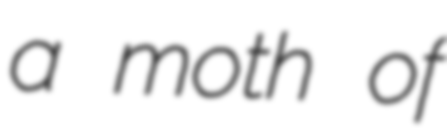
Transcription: a moth of